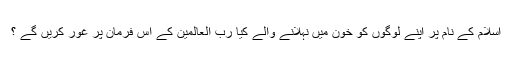
اسلام کے نام پر اپنے لوگوں کو خون میں نہلانے والے کیا رب العالمین کے اس فرمان پر غور کریں گے ؟